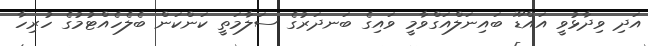
އަދި ވިދާޅުވީ އައްޑޫ ބައިނަލްއަގްވާމީ ވައިގެ ބަނދަރުގެ ސަލާމަތީ ކަންކަން ބެލެހެއްޓުމުގެ ހުރިހާ